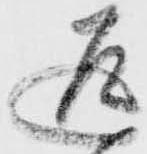
返